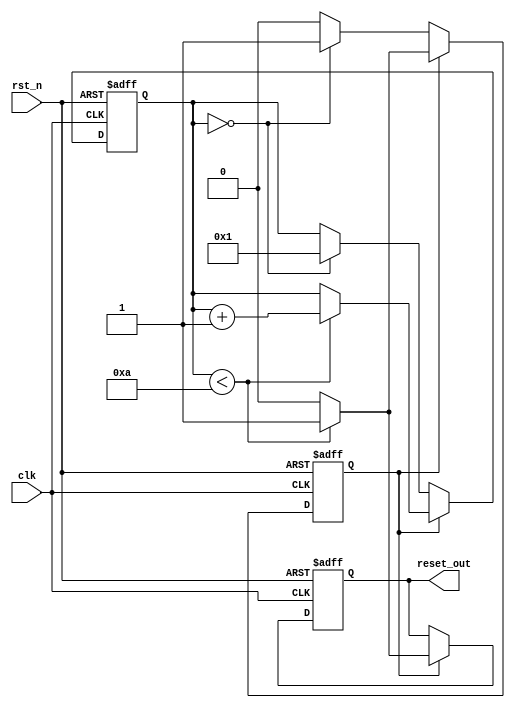
module power_on_reset (
    input wire clk,          // Clock signal
    input wire rst_n,       // Active-low external reset signal
    output reg reset_out     // Output reset signal
);

    // Parameters
    parameter RESET_DURATION = 10; // Duration of reset in clock cycles

    // Internal signals
    reg [3:0] counter; // Counter to track reset duration
    reg power_on_reset; // Indicates if we are in power-on reset phase

    // State Management
    always @(posedge clk or negedge rst_n) begin
        if (!rst_n) begin
            // If external reset is asserted
            reset_out <= 1'b1; // Assert reset
            counter <= 0;
            power_on_reset <= 1'b0; // Reset power-on reset state
        end else begin
            if (power_on_reset) begin
                // If we are in power-on reset phase
                if (counter < RESET_DURATION) begin
                    counter <= counter + 1'b1; // Increment counter
                    reset_out <= 1'b1; // Keep reset asserted
                end else begin
                    reset_out <= 1'b0; // De-assert reset after duration
                    power_on_reset <= 1'b0; // Exit power-on reset state
                end
            end else begin
                // If not in power-on reset, check if we are just powered on
                if (counter == 0) begin
                    // Start power-on reset phase
                    power_on_reset <= 1'b1;
                    counter <= 1'b1; // Initialize counter
                end
            end
        end
    end

    // Initialize on power-up
    initial begin
        reset_out = 1'b1; // Assert reset on power-up
        counter = 0;
        power_on_reset = 1'b1; // Start in power-on reset state
    end

endmodule